Indian journal of veterinary science and animal husbandry - Volumes 24-25, 1954-1955
Year: 1954
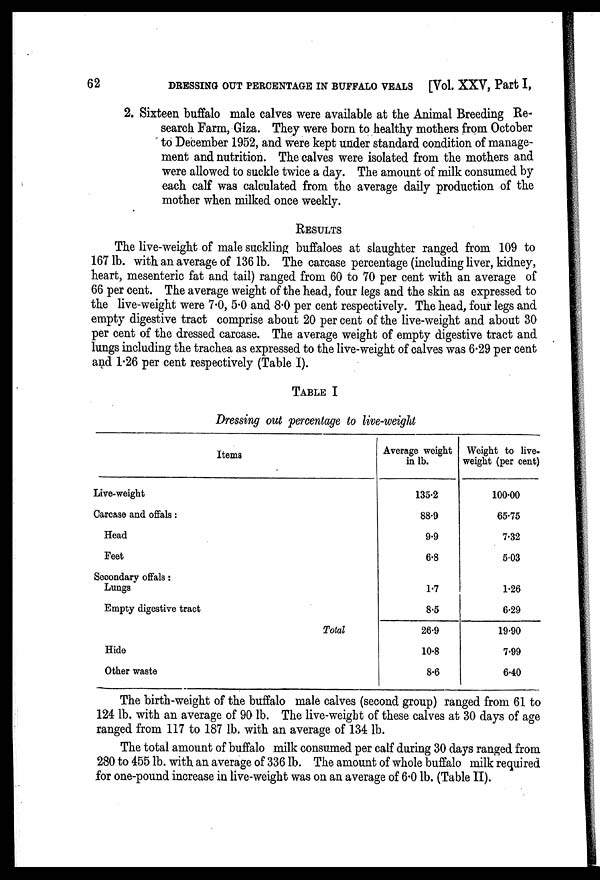
62
DRESSING OUT PERCENTAGE IN BUFFALO VEALS [Vol. XXV, Part I,
2. Sixteen buffalo male calves were available at the Animal Breeding Re-
search Farm, Giza. They were born to healthy mothers from October
to December 1952, and were kept under standard condition of manage-
ment and nutrition. The calves were isolated from the mothers and
were allowed to suckle twice a day. The amount of milk consumed by
each calf was calculated from the average daily production of the
mother when milked once weekly.
RESULTS
The live-weight of male suckling buffaloes at slaughter ranged from 109 to
167 lb. with an average of 136 lb. The carcase percentage (including liver, kidney,
heart, mesenteric fat and tail) ranged from 60 to 70 per cent with an average of
66 per cent. The average weight of the head, four legs and the skin as expressed to
the live-weight were 7.0, 5.0 and 8.0 per cent respectively. The head, four legs and
empty digestive tract comprise about 20 per cent of the live-weight and about 30
per cent of the dressed carcase. The average weight of empty digestive tract and
lungs including the trachea as expressed to the live-weight of calves was 6.29 per cent
and 1.26 per cent respectively (Table I).
TABLE I
Dressing out percentage to live-weight
Items
Live-weight
Carcase and offals:
Head
Feet
Secondary offals :
Lungs
Empty digestive tract
Hide
Other waste
Total
Average weight
in lb.
135.2
88.9
9.9
6.8
1.7
8.5
26.9
10.8
8.6
Weight to live-
weight (per cent)
100.00
65.75
7.32
5.03
1.26
6.29
19.90
7.99
6.40
The birth-weight of the buffalo male calves (second group) ranged from 61 to
124 lb. with an average of 90 lb. The live-weight of these calves at 30 days of age
ranged from 117 to 187 lb. with an average of 134 lb.
The total amount of buffalo milk consumed per calf during 30 days ranged from
280 to 455 lb. with an average of 336 lb. The amount of whole buffalo milk required
for one-pound increase in live-weight was on an average of 6.0 lb. (Table II).